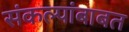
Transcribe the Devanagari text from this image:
संकल्पांबाबत